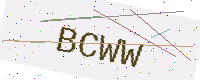
Text: BCWW